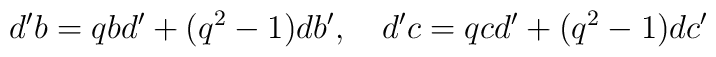
d'b=qbd'+(q^2-1)db',\quad d'c=qcd'+(q^2-1)dc'